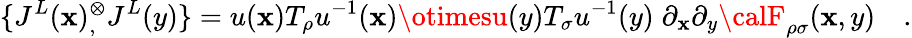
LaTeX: \{ J^{L}(\mathbf{x}){}_{,}^{\otimes}J^{L}(y)\} =u(\mathbf{x})T_{\rho}u^{-1}(\mathbf{x})\otimesu(y)T_{\sigma}u^{-1}(y)\; \partial_{\mathbf{x}}\partial_{y}{\calF}_{\rho\sigma}(\mathbf{x},y)\quad.